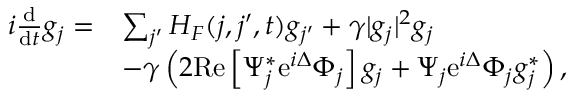
\begin{array} { r l } { i \frac { \mathrm d } { \mathrm d t } g _ { j } = } & { \sum _ { j ^ { \prime } } H _ { F } ( j , j ^ { \prime } , t ) g _ { j ^ { \prime } } + \gamma | g _ { j } | ^ { 2 } g _ { j } } \\ & { - \gamma \left( 2 \mathrm { R e } \left[ \Psi _ { j } ^ { * } \mathrm { e } ^ { i \Delta } \Phi _ { j } \right] g _ { j } + \Psi _ { j } \mathrm { e } ^ { i \Delta } \Phi _ { j } g _ { j } ^ { * } \right) , } \end{array}